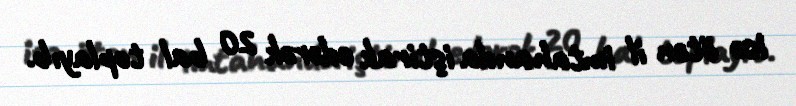
isə ötən il imtahanda iştirak edərək 20 bal toplayıb.